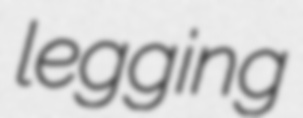
legging